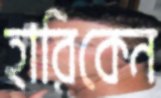
হারিকেন